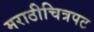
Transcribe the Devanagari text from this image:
मराठीचित्रपट